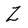
Character: Z